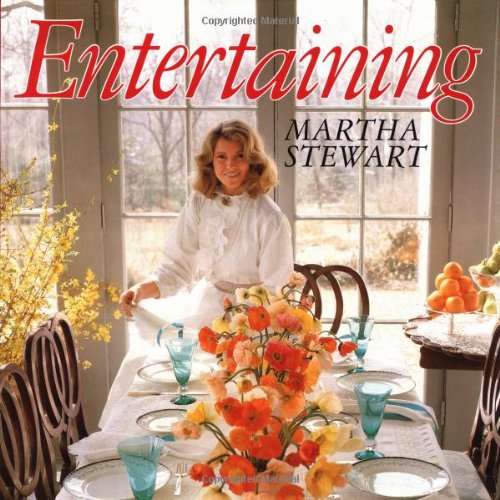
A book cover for Entertaining; Martha Stewart; Cookbooks, Food & Wine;